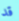
قد